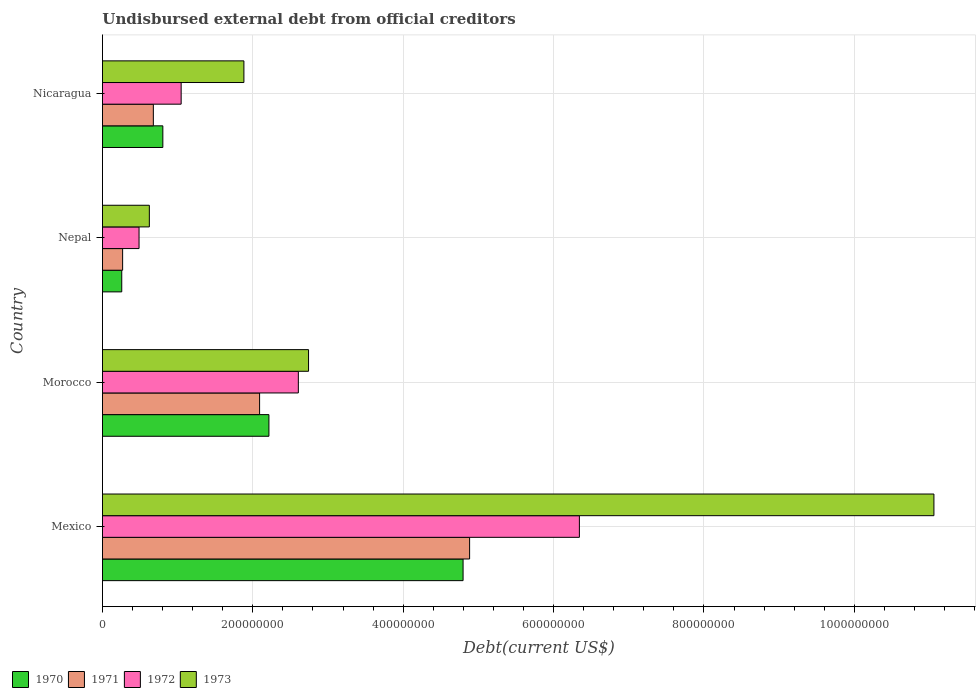
| Country | 1970 | 1971 | 1972 | 1973 |
 | --- | --- | --- | --- | --- |
 | Mexico | 4.8e+08 | 4.88e+08 | 6.34e+08 | 1.11e+09 |
 | Morocco | 2.21e+08 | 2.09e+08 | 2.61e+08 | 2.74e+08 |
 | Nepal | 2.57e+07 | 2.68e+07 | 4.87e+07 | 6.23e+07 |
 | Nicaragua | 8.03e+07 | 6.77e+07 | 1.05e+08 | 1.88e+08 |